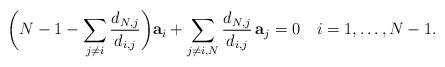
LaTeX: \begin{align*}\bigg( N-1-\sum_{j\not= i} \frac{d_{N, j}}{d_{i,j}}\bigg) {\bf a}_{i}+\sum_{j\not= i,N} \frac{d_{N, j}}{d_{i,j}}\, {\bf a}_{j} =0\ \ \ i=1,\dots,N-1.\end{align*}